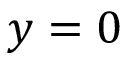
y = 0